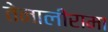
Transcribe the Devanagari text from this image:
तेनालीरामा